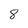
Character: 8